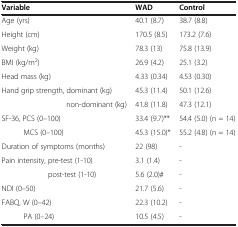
<table><thead><tr><td><b>Variable</b></td><td><b>WAD</b></td><td><b>Control</b></td></tr></thead><tbody><tr><td>Age (yrs)</td><td>40.1 (8.7)</td><td>38.7 (8.8)</td></tr><tr><td>Height (cm)</td><td>170.5 (8.5)</td><td>173.2 (7.6)</td></tr><tr><td>Weight (kg)</td><td>78.3 (13)</td><td>75.8 (13.9)</td></tr><tr><td>BMI (kg/m<sup>2</sup>)</td><td>26.9 (4.2)</td><td>25.1 (3.2)</td></tr><tr><td>Head mass (kg)</td><td>4.33 (0.34)</td><td>4.53 (0.30)</td></tr><tr><td>Hand grip strength, dominant (kg)</td><td>45.3 (11.4)</td><td>50.1 (12.6)</td></tr><tr><td>non-dominant (kg)</td><td>41.8 (11.8)</td><td>47.3 (12.1)</td></tr><tr><td>SF-36, PCS (0–100)</td><td>33.4 (9.7)**</td><td>54.4 (5.0) (n = 14)</td></tr><tr><td>MCS (0–100)</td><td>45.3 (15.0)*</td><td>55.2 (4.8) (n = 14)</td></tr><tr><td>Duration of symptoms (months)</td><td>22 (98)</td><td>-</td></tr><tr><td>Pain intensity, pre-test (1-10)</td><td>3.1 (1.4)</td><td>-</td></tr><tr><td>post-test (1-10)</td><td>5.6 (2.0)#</td><td>-</td></tr><tr><td>NDI (0–50)</td><td>21.7 (5.6)</td><td>-</td></tr><tr><td>FABQ, W (0–42)</td><td>22.3 (10.2)</td><td>-</td></tr><tr><td>PA (0–24)</td><td>10.5 (4.5)</td><td>-</td></tr></tbody></table>